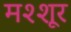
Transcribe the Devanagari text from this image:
मश्शूर